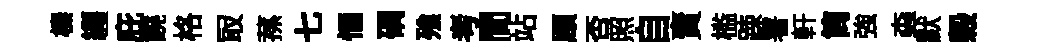
榛纒庇饒格冣蓀七愐磵飱考間站頋否照自𧶠槛踈署軒筒強螙默榖